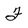
Character: F